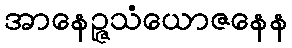
အာနေဉ္ဇသံယောဇနေန